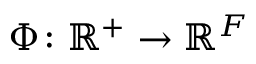
\Phi \colon { \mathbb { R } } ^ { + } \rightarrow { \mathbb { R } } ^ { F }